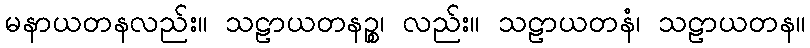
မနာယတနလည်း။ သဠာယတနဉ္စ၊ လည်း။ သဠာယတနံ၊ သဠာယတန။